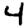
Digit: 4